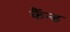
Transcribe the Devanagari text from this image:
कैंन्ड